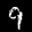
Label: 9